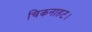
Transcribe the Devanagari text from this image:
चिकनाहट।